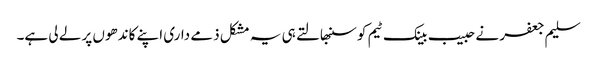
سلیم جعفر نے حبیب بینک ٹیم کو سنبھالتے ہی یہ مشکل ذمے داری اپنے کاندھوں پر لے لی ہے۔